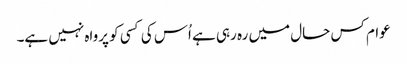
عوام کس حال میں رہ رہی ہے اُس کی کسی کو پرواہ نہیں ہے۔